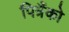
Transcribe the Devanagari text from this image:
पित्रैंको